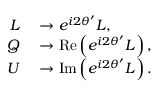
\begin{array} { r l } { L } & { { } \rightarrow e ^ { i 2 \theta ^ { \prime } } L , } \\ { Q } & { { } \rightarrow { \mathrm { R e } } \left( e ^ { i 2 \theta ^ { \prime } } L \right) , } \\ { U } & { { } \rightarrow { \mathrm { I m } } \left( e ^ { i 2 \theta ^ { \prime } } L \right) . } \end{array}